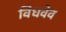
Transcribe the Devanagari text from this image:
विधवेव